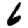
Digit: 6